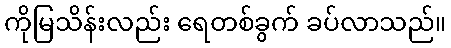
ကိုမြသိန်းလည်း ရေတစ်ခွက် ခပ်လာသည်။